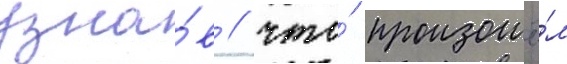
узна́в / что́ произошё́л